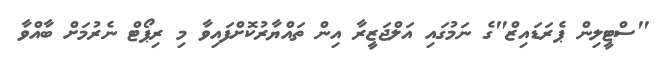
"ސްޓީލިން ޕެރަޑައިޒް"ގެ ނަމުގައި އަލްޖަޒީރާ އިން ތައްޔާރުކޮށްފައިވާ މި ރިޕޯޓް ނެރުމަށް ބާއްވާ